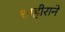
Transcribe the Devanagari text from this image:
शाहीराने